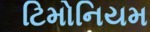
ટિમોનિયમ